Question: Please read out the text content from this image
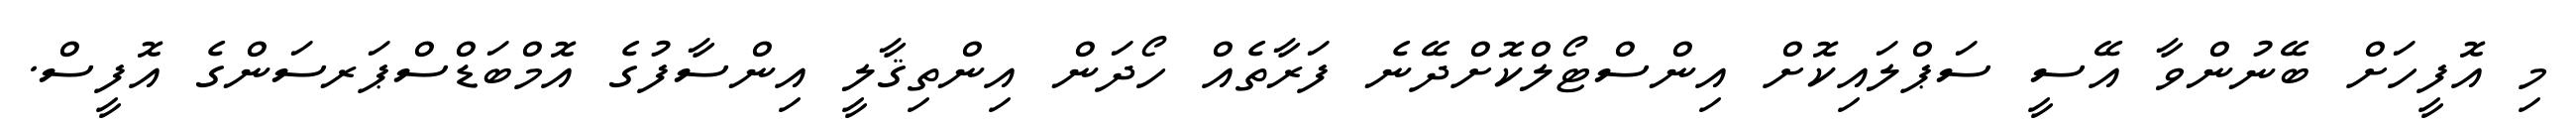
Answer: މި އޮފީހަށް ބޭނުންވާ އޭސީ ސަޕްލައިކޮށް އިންސްޓޯލްކޮށްދޭނެ ފަރާތެއް ހޯދަން އިންތިޤާލީ އިންސާފުގެ އޮމްބަޑްސްޕަރސަންގެ އޮފީސް.